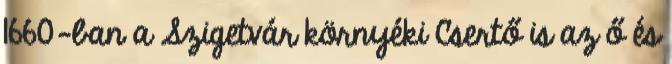
1660-ban a Szigetvár környéki Csertő is az ő és